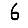
Digit: 6